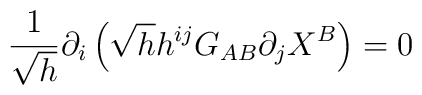
\frac{1}{\sqrt{h}}\partial_i\left(\sqrt{h}h^{ij}G_{AB}\partial_j X^B\right)=0